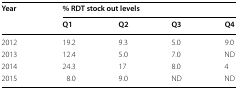
| <ROWSPAN=2> Year | <COLSPAN=4> % RDT stock out levels |
 | Q1 | Q2 | Q3 | Q4 |
 | --- | --- | --- | --- | --- |
 | 2012 | 19.2 | 9.3 | 5.0 | 9.0 |
 | 2013 | 12.4 | 5.0 | 7.0 | ND |
 | 2014 | 24.3 | 17 | 8.0 | 4 |
 | 2015 | 8.0 | 9.0 | ND | ND |